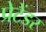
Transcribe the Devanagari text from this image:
प्रेटेंडर